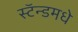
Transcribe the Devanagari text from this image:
स्टॅन्डमधे